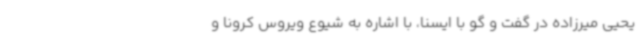
یحیی میرزاده در گفت و گو با ایسنا، با اشاره به شیوع ویروس کرونا و